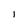
Character: I